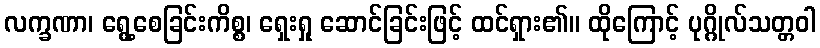
လက္ခဏာ၊ ရွေ့စေခြင်းကိစ္စ၊ ရှေးရှု ဆောင်ခြင်းဖြင့် ထင်ရှား၏။ ထိုကြောင့် ပုဂ္ဂိုလ်သတ္တဝါ